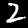
Label: 2